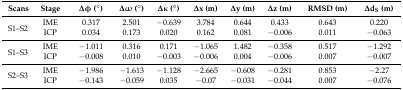
<table><thead><tr><td><b>Scans</b></td><td><b>Stage</b></td><td><b>∆φ (°)</b></td><td><b>Δω (°)</b></td><td><b>Δκ (°)</b></td><td><b>∆x (m)</b></td><td><b>∆y (m)</b></td><td><b>∆z (m)</b></td><td><b>RMSD (m)</b></td><td><b>∆d<sub>S</sub> (m)</b></td></tr></thead><tbody><tr><td rowspan="2">S1–S2</td><td>IME</td><td>0.317</td><td>2.501</td><td>−0.639</td><td>3.784</td><td>0.644</td><td>0.433</td><td>0.643</td><td>0.220</td></tr><tr><td>ICP</td><td>0.034</td><td>0.173</td><td>0.020</td><td>0.162</td><td>0.081</td><td>−0.006</td><td>0.011</td><td>−0.063</td></tr><tr><td rowspan="2">S1–S3</td><td>IME</td><td>−1.011</td><td>0.316</td><td>0.171</td><td>−1.065</td><td>1.482</td><td>−0.358</td><td>0.517</td><td>−1.292</td></tr><tr><td>ICP</td><td>−0.008</td><td>0.010</td><td>−0.003</td><td>−0.006</td><td>0.004</td><td>−0.006</td><td>0.007</td><td>−0.007</td></tr><tr><td rowspan="2">S2–S3</td><td>IME</td><td>−1.986</td><td>−1.613</td><td>−1.128</td><td>−2.665</td><td>−0.608</td><td>−0.281</td><td>0.853</td><td>−2.27</td></tr><tr><td>ICP</td><td>−0.143</td><td>−0.059</td><td>0.035</td><td>−0.07</td><td>−0.031</td><td>−0.044</td><td>0.007</td><td>−0.076</td></tr></tbody></table>